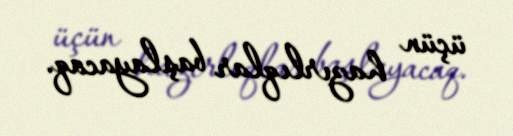
üçün hazırlıqlar başlayacaq.